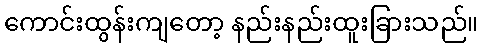
ကောင်းထွန်းကျတော့ နည်းနည်းထူးခြားသည်။